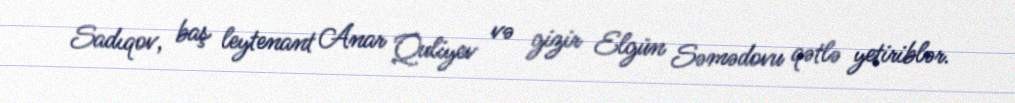
Sadıqov, baş leytenant Anar Quliyev və gizir Elgün Səmədovu qətlə yetiriblər.